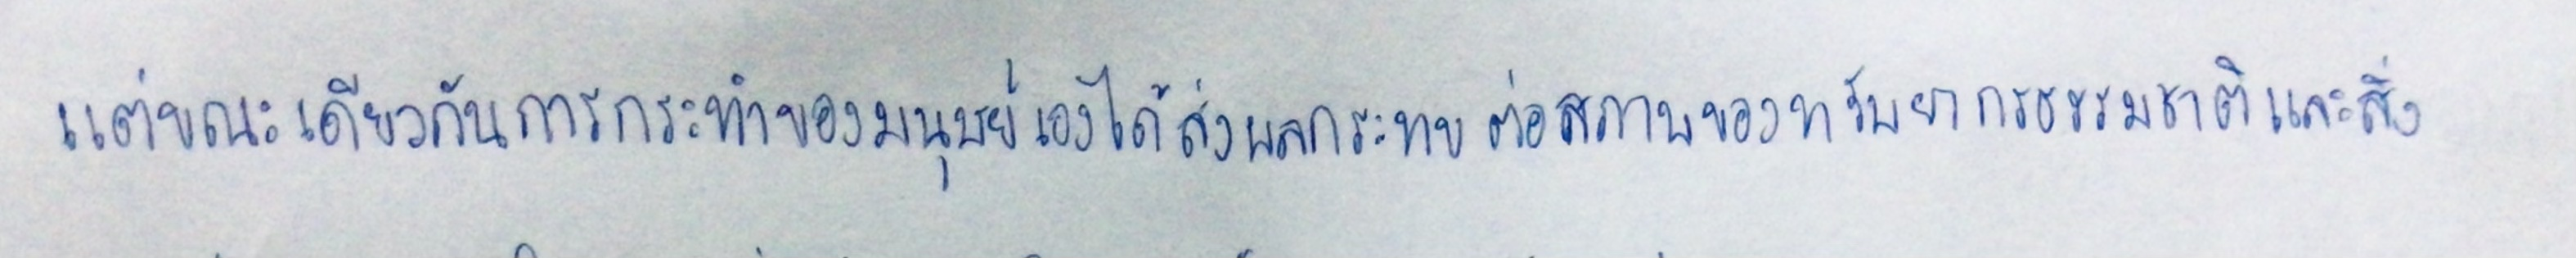
แต่ขณะเดียวกันการกระทำของมนุษย์เองได้ส่งผลกระทบต่อสภาพของทรัพยากรธรรมชาติและสิ่ง